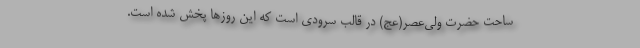
ساحت حضرت ولی‌عصر(عج) در قالب سرودی است که این روزها پخش شده است.